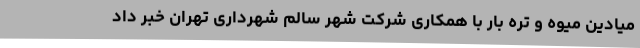
میادین میوه و تره بار با همکاری شرکت شهر سالم شهرداری تهران خبر داد